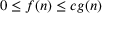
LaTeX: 0 \leq f ( n ) \leq c g ( n )